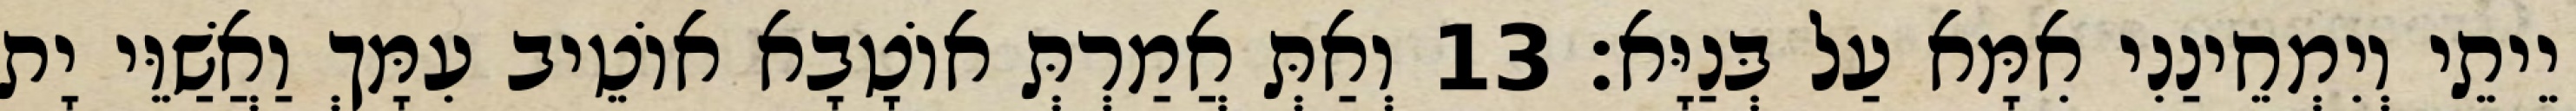
יֵיתֵי וְיִמְחֵינַנִי אִמָּא עַל בְּנַיָּא׃ 13 וְאַתְּ אֲמַרְתְּ אוֹטָבָא אוֹטֵיב עִמָּךְ וַאֲשַׁוֵּי יָת